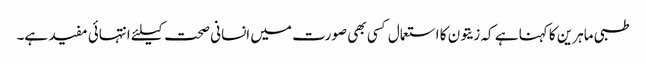
طبی ماہرین کا کہنا ہے کہ زیتون کا استعمال کسی بھی صورت میں انسانی صحت کیلئے انتہائی مفید ہے۔